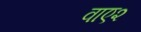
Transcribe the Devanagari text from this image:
वाए२